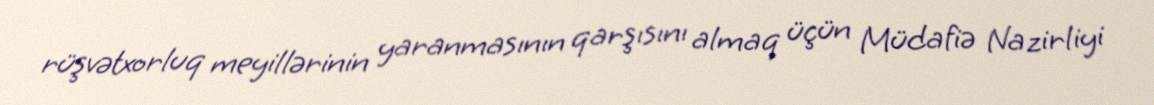
rüşvətxorluq meyillərinin yaranmasının qarşısını almaq üçün Müdafiə Nazirliyi